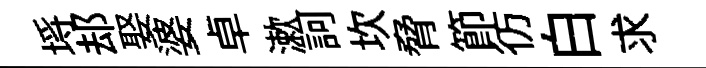
埓𨚫娶婆卓漱訶坎脅節彷白求